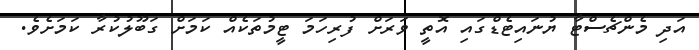
އަދި މެންޗެސްޓާ ޔުނައިޓެޑްގައި އޮތީ ވަރަށް ފުރިހަމަ ޓީމުތަކެއް ކަމަށް ގަބޫލުކުރާ ކަމަށެވެ.